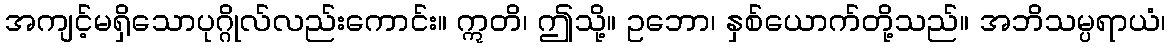
အကျင့်မရှိသောပုဂ္ဂိုလ်လည်းကောင်း။ ဣတိ၊ ဤသို့။ ဥဘော၊ နှစ်ယောက်တို့သည်။ အဘိသမ္ပရာယံ၊